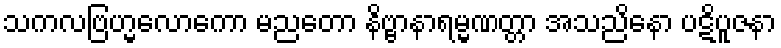
သကလဗြဟ္မလောကော မညတော နိဗ္ဗာနာရမ္မဏတ္တာ အသညိနော ပဋိပူဇနာ